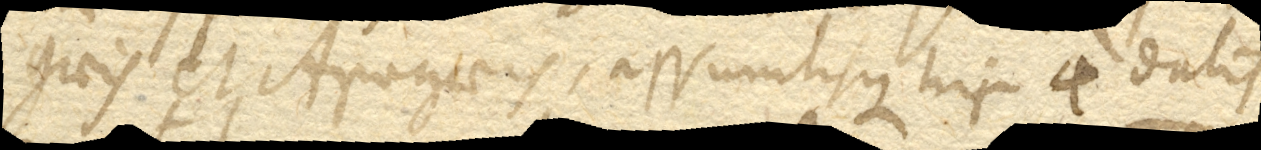
gaeis et Apogaeis, assumtisque his 4 datis